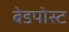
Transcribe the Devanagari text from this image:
बेडपोस्ट